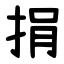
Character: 捐